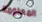
المعلومة